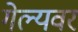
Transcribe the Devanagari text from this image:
गेल्यवर